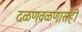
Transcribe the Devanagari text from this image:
दळणवळणासही